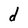
Character: d